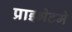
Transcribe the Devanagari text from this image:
प्राइभेटमे